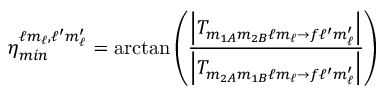
\eta _ { m i n } ^ { \ell m _ { \ell } , \ell ^ { \prime } m _ { \ell } ^ { \prime } } = \arctan \left( \frac { \left| T _ { m _ { 1 A } m _ { 2 B } \ell m _ { \ell } \rightarrow f \ell ^ { \prime } m _ { \ell } ^ { \prime } } \right| } { \left| T _ { m _ { 2 A } m _ { 1 B } \ell m _ { \ell } \rightarrow f \ell ^ { \prime } m _ { \ell } ^ { \prime } } \right| } \right)